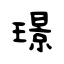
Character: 璟